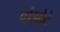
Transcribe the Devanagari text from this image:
वांझोटे